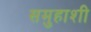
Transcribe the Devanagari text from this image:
समुहाशी